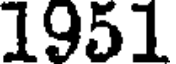
1951